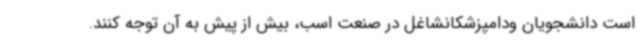
است دانشجویان ودامپزشکانشاغل در صنعت اسب، بیش از پیش به آن توجه کنند.